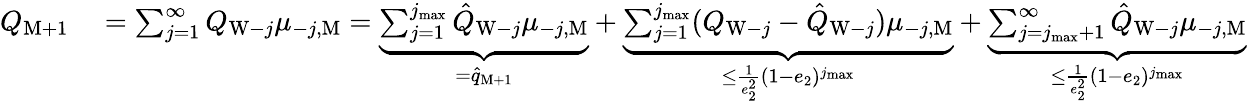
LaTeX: \begin{array}{rl}{Q_{\mathrm{M}+1}}&{{}=\sum_{j=1}^{\infty}Q_{\mathrm{W}-j}\mu_{-j,\mathrm{M}}=\underbrace{\sum_{j=1}^{j_{\operatorname*{max}}}\hat{Q}_{\mathrm{W}-j}\mu_{-j,\mathrm{M}}}_{=\hat{q}_{\mathrm{M}+1}}+\underbrace{\sum_{j=1}^{j_{\operatorname*{max}}}(Q_{\mathrm{W}-j}-\hat{Q}_{\mathrm{W}-j})\mu_{-j,\mathrm{M}}}_{\le\frac{1}{e_{2}^{2}}(1-e_{2})^{j_{\operatorname*{max}}}}+\underbrace{\sum_{j=j_{\operatorname*{max}}+1}^{\infty}\hat{Q}_{\mathrm{W}-j}\mu_{-j,\mathrm{M}}}_{\le\frac{1}{e_{2}^{2}}(1-e_{2})^{j_{\operatorname*{max}}}}}\end{array}